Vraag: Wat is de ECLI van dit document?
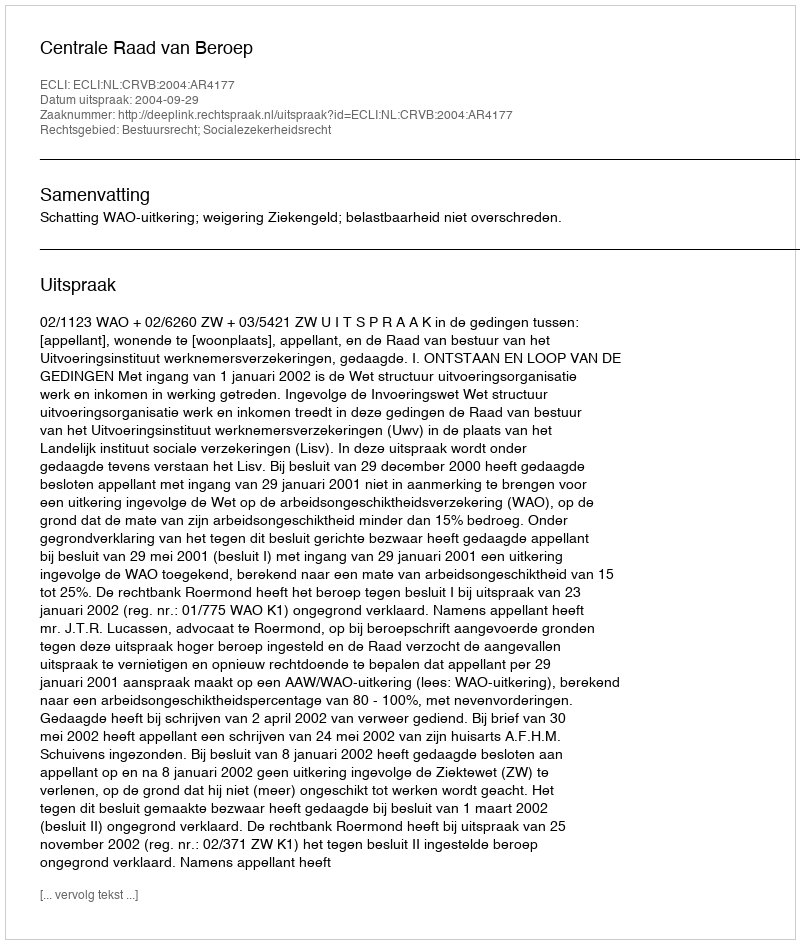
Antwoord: ECLI:NL:CRVB:2004:AR4177